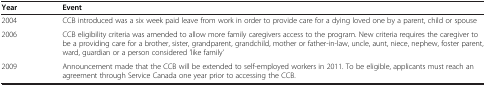
| Year | Event |
 | --- | --- |
 | 2004 | CCB introduced was a six week paid leave from work in order to provide care for a dying loved one by a parent, child or spouse |
 | 2006 | CCB eligibility criteria was amended to allow more family caregivers access to the program. New criteria requires the caregiver to be a providing care for a brother, sister, grandparent, grandchild, mother or father-in-law, uncle, aunt, niece, nephew, foster parent, ward, guardian or a person considered ’like family’ |
 | 2009 | Announcement made that the CCB will be extended to self-employed workers in 2011. To be eligible, applicants must reach an agreement through Service Canada one year prior to accessing the CCB. |